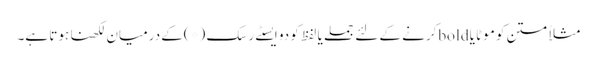
مثلاً متن کو موٹا یا boldکرنے کے لئے جملے یا لفظ کو دو ایسٹے رِسک (*)کے درمیان لکھنا ہوتا ہے۔